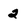
Character: 2